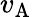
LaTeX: v_{\mathrm{A}}